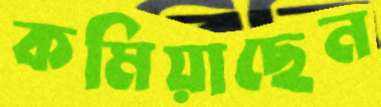
কমিয়াছেন